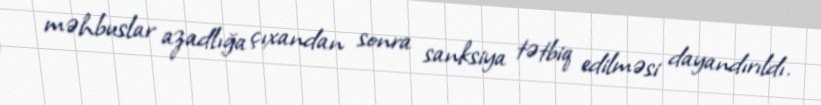
məhbuslar azadlığa çıxandan sonra sanksiya tətbiq edilməsi dayandırıldı.